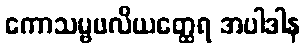
ကောသမ္ဗဖလိယတ္ထေရ အပါဒါန